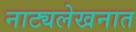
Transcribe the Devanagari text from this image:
नाट्यलेखनात